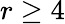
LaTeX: r\geq 4